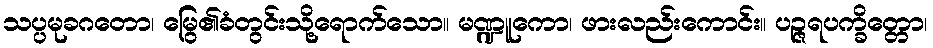
သပ္ပမုခဂတော၊ မြွေ၏ခံတွင်းသို့ရောက်သော။ မဏ္ဍူကော၊ ဖားလည်းကောင်း။ ပဉ္ဇရပက္ခိတ္တော၊